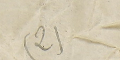
(2)